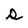
Character: s